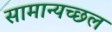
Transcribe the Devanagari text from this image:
सामान्यच्छल